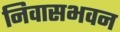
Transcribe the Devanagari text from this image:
निवासभवन